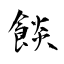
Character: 餤